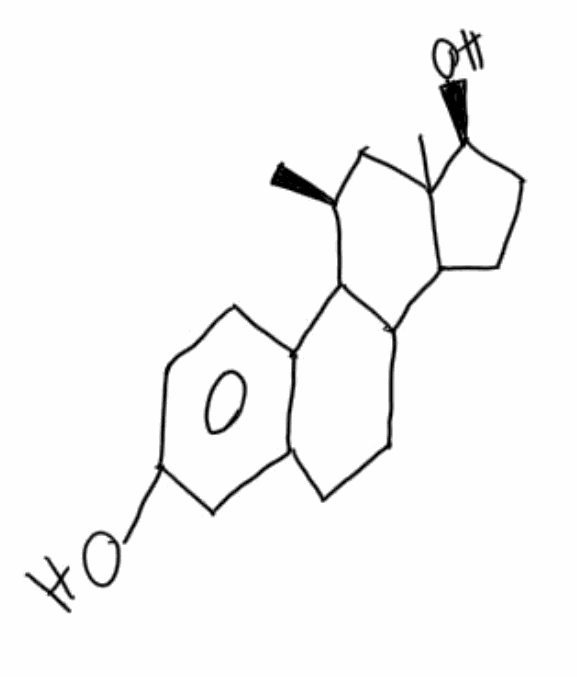
Simplified molecular-input line-entry system (SMILES) notation of the given molecule:
C[C@H]1CC2([C@H](CCC2C3C1C4=C(CC3)C=C(C=C4)O)O)C